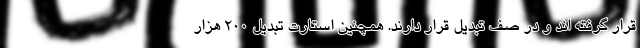
قرار گرفته اند و در صف تبدیل قرار دارند. همچنین استارت تبدیل ۲۰۰ هزار